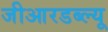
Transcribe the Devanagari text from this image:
जीआरडब्ल्यू